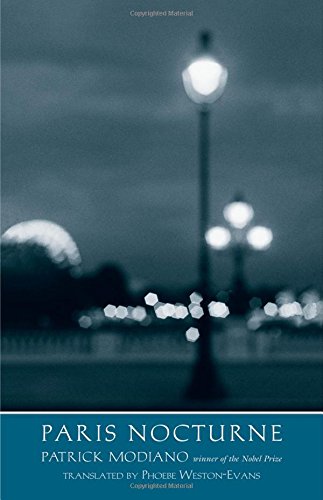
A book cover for Paris Nocturne (The Margellos World Republic of Letters); Patrick Modiano; Literature & Fiction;